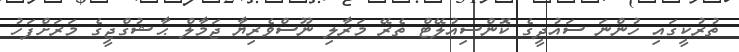
ތުރުކީގައި ހުންނަ ސައުދީގެ ކޮންސިއުލޭޓް ތެރޭ މަރާލި ނޫސްވެރިޔާ ޖަމާލް ޙާޝުގްޖީގެ މަރަށްފަހު